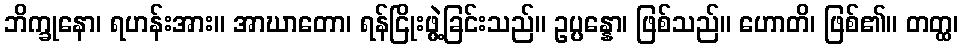
ဘိက္ခုနော၊ ရဟန်းအား။ အာဃာတော၊ ရန်ငြိုးဖွဲ့ခြင်းသည်။ ဥပ္ပန္နော၊ ဖြစ်သည်။ ဟောတိ၊ ဖြစ်၏။ တတ္ထ၊